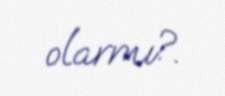
olarmı?.